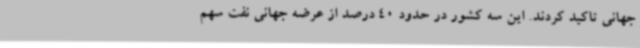
جهانی تاکید کردند. این سه کشور در حدود 40 درصد از عرضه جهانی نفت سهم